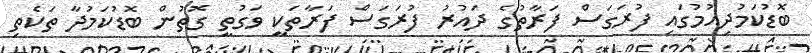
ބޮޑުކަމުދިއުމުގައި ފުރަގަސް ފަރާތުގެ ދައުރު ފުރަގަސް ފަރާތަކީ ވަގުތީ ގޮތުން ބޮޑުކަމުދާ ތަކެތި